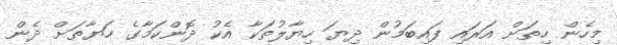
މިހެން ހިތަށް އަރައި ފައިބަމުން ދިޔަ ހިޔާލުތަކާ އެކު ދޮންކަމާގެ ހަޔާތަށް ދެން